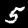
Digit: 5